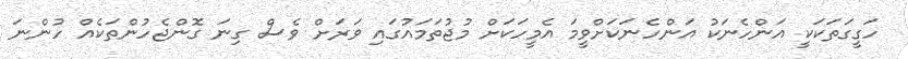
ހަގީގަތަކަކީ އަންހެނަކު އަންހެނަކަށްވީމަ އެމީހަކަށް މުޖުތަމައުގައި ވަރަށް ވެސް ގިނަ ގޮންޖެހުންތަކެއް ހުންނަ